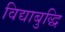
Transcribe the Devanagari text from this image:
विद्याबुद्धि